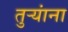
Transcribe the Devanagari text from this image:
तुऱ्यांना